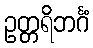
ဥတ္တရိဘင်္ဂံ